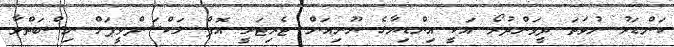
ކަންޑަރު ނުވަތަ ދީވަންދުރޯ އަކީ އިންޑިޔާގެ ޔޫނިއަން ޓެރިޓަރީ އޮފް ލަކްޝަދްވީޕަށް ނިސްބަތްވާ